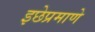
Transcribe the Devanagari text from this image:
इछेप्रमाणे